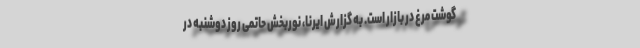
گوشت مرغ در بازار است. به گزارش ایرنا، نوربخش حاتمی روز دوشنبه در